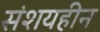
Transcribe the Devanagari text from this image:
संशयहीन